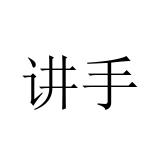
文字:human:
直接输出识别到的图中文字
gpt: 讲手